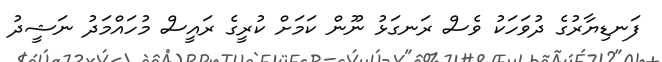
ފަނޑިޔާރުގެ ދުވަހަކު ވެސް ރަނގަޅު ނޫން ކަމަށް ކުރީގެ ރައީސް މުހައްމަދު ނަޝީދު